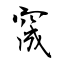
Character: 窚